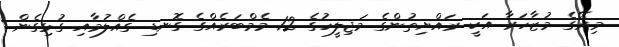
މިރޭގެ މުޒާހަރާ އަކީ ރައްޔިތުންގެ މަޖިލީހުގެ 12 މެމްބަރެއްގެ ގޮނޑި ގެއްލުމާއި ގުޅިގެން